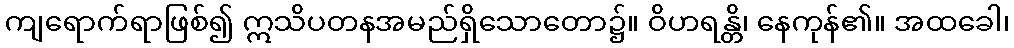
ကျရောက်ရာဖြစ်၍ ဣသိပတနအမည်ရှိသောတော၌။ ဝိဟရန္တိ၊ နေကုန်၏။ အထခေါ၊